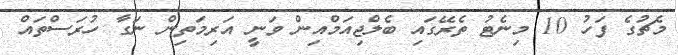
މެޗުގެ ފަހު 10 މިނެޓު ތެރޭގައި ބެލްޖިއަމްއިން ވަނީ އަރިމަތިން ނަގާ ހުރަސްތައް